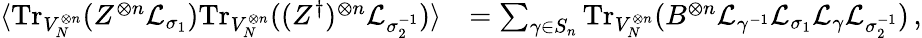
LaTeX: \begin{array}{rl}{\langle\mathrm{Tr}_{V_{N}^{\otimes n}}(Z^{\otimes n}\mathcal{L}_{\sigma_{1}})\mathrm{Tr}_{V_{N}^{\otimes n}}((Z^{\dagger})^{\otimes n}\mathcal{L}_{\sigma_{2}^{-1}})\rangle}&{=\sum_{\gamma\in S_{n}}\mathrm{Tr}_{V_{N}^{\otimes n}}(B^{\otimes n}\mathcal{L}_{\gamma^{-1}}\mathcal{L}_{\sigma_{1}}\mathcal{L}_{\gamma}\mathcal{L}_{\sigma_{2}^{-1}})\, ,}\end{array}